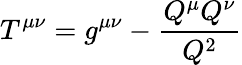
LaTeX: T^{\mu\nu}=g^{\mu\nu}-\frac{Q^{\mu}Q^{\nu}}{Q^{2}}